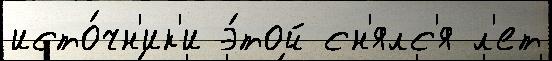
исто́чн'ик'и э́той сн'ялс'я л'ет